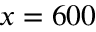
x = 6 0 0